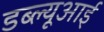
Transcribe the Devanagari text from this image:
डब्ल्यूआई